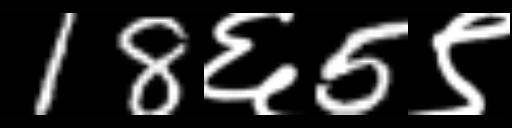
Text: 18६5९